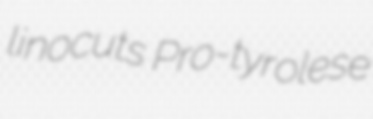
linocuts Pro-tyrolese